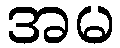
အမ